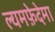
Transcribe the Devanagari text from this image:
ल्यमफ़ेदेमा